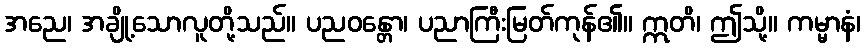
အညေ၊ အချို့သောလူတို့သည်။ ပညဝန္တော၊ ပညာကြီးမြတ်ကုန်၏။ ဣတိ၊ ဤသို့။ ကမ္မာနံ၊